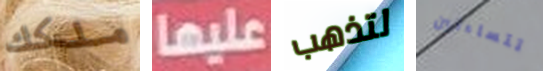
ملكك عليها لتذهب تتساءلين